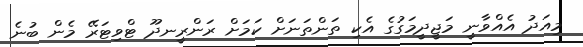
މިއަދު އެއްވާނީ މަޖީދީމަގުގެ އެކި ތަންތަނަށް ކަމަށް ރަންރީނދޫ ޓްވިޓަރޭ މެން ބުނެ